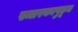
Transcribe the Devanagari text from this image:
स्मारकापुढून